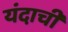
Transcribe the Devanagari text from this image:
यंदाची